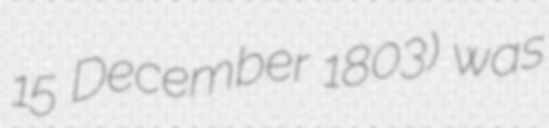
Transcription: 15 December 1803) was